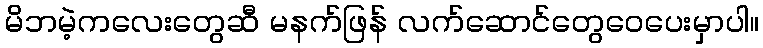
မိဘမဲ့ကလေးတွေဆီ မနက်ဖြန် လက်ဆောင်တွေဝေပေးမှာပါ။